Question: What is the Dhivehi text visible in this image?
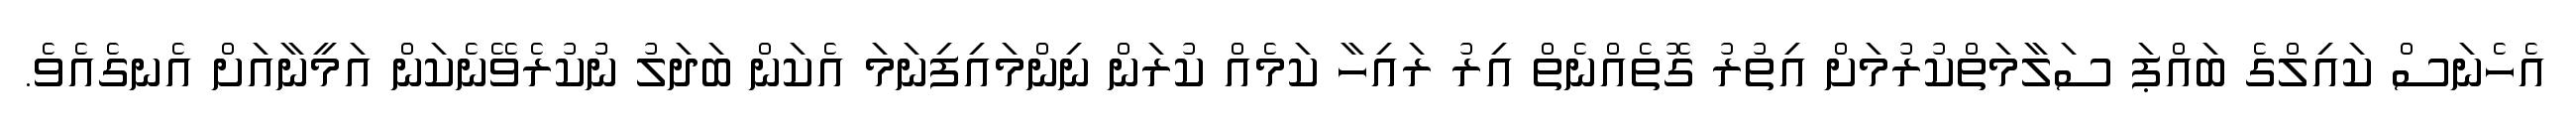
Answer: އެހެނަސް ކައިލްގެ ބައްޕަ ސަލާމަތްކުރުމަށް އިތުރު ގޮތެއްނެތް އިރު ރައިހާ ކަމެއް ކުރަން ނިންމައިފިނަމަ އެކަން ބަދަލު ނުުކުރެވޭނެކަން އަމީނާއަށް އެނގެއެވެ.